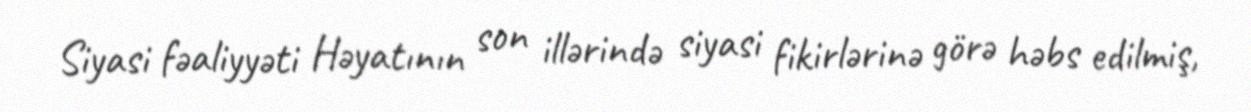
Siyasi fəaliyyəti Həyatının son illərində siyasi fikirlərinə görə həbs edilmiş,